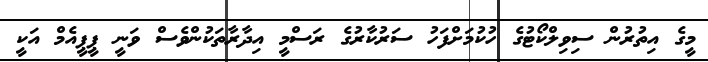
މީގެ އިތުރުން ސިވިލްކޯޓުގެ ހުކުމަށްފަހު ސަރުކާރުގެ ރަސްމީ އިދާރާތަކުންވެސް ވަނީ ޕީޕީއެމް އަކީ